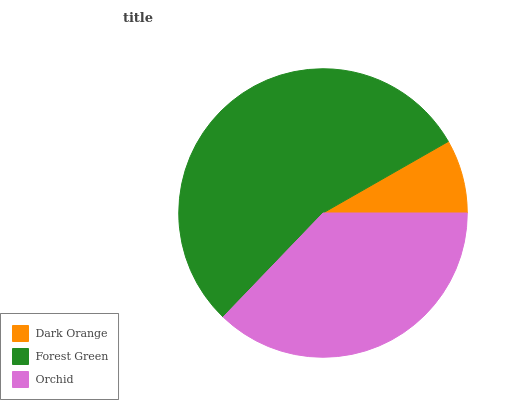
| Dark Orange | Forest Green | Orchid |
 | --- | --- | --- |
 | 8.25% | 54.5% | 37.2% |